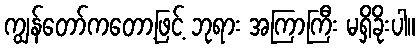
ကျွန်တော်ကတော့ဖြင့် ဘုရား အကြာကြီး မရှိခိုးပါ။